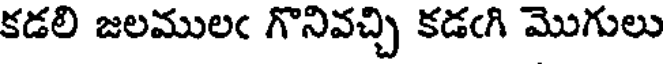
కడలి జలములఁ గొనివచ్చి కడఁగి మొగులు